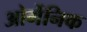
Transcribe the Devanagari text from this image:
ओर्गेनिक